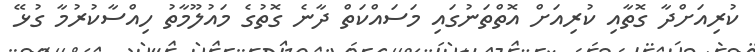
ކުރިއަށްދާ ގޮތާއި ކުރިއަށް އޮތްތަނުގައި މަސައްކަތް ދާނެ ގޮތުގެ މައުލޫމާތު ހިއްސާކުރުމާ ގުޅޭ